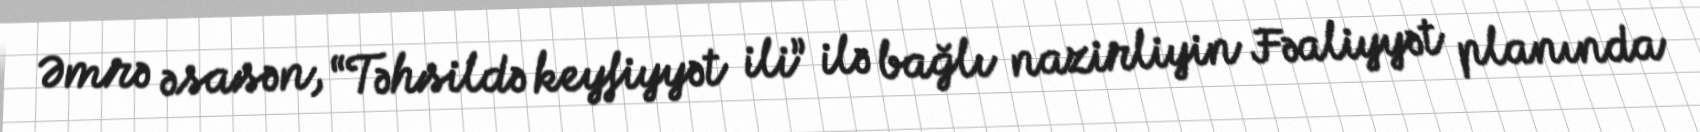
Əmrə əsasən, “Təhsildə keyfiyyət ili” ilə bağlı nazirliyin Fəaliyyət planında